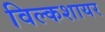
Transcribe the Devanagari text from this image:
विल्कशायर